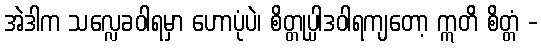
အဲဒါက သလ္လေခဝါရမှာ ဟောပုံပဲ၊ စိတ္တုပ္ပါဒဝါရကျတော့ ဣတိ စိတ္တံ -